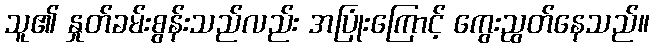
သူ၏ နှုတ်ခမ်းစွန်းသည်လည်း အပြုံးကြောင့် ကွေးညွတ်နေသည်။